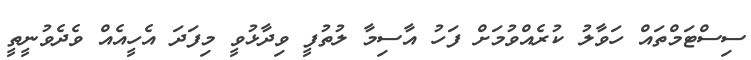
ސިސްޓަމްތައް ހަވާލު ކުރެއްވުމަށް ފަހު އާސިމާ ލުތުފީ ވިދާޅުވީ މިފަދަ އެހީއެއް ވެދެވުނީތީ